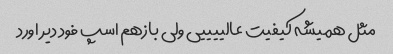
مثل همیشه کیفیت عالییییی ولی بازهم اسپ فود دیر اورد